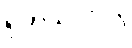
ရှက်သလိုလို